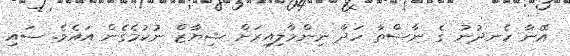
އޭނާ ހެނދުނު ގެ ނާސްތާ ހަދާ ނިންމާލިއިރަށް ޝިޔާޒް ނުކުމެގެން އައެވެ. ސައި